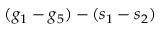
( g _ { 1 } - g _ { 5 } ) - ( s _ { 1 } - s _ { 2 } )